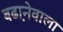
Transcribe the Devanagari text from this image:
बढा़नेवाला